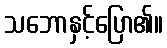
သဘောနှင့်ပြော၏။